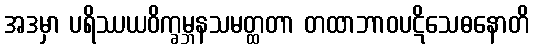
အဒမှာ ပရိဿယဝိက္ခမ္ဘနသမတ္ထတာ တထာဘာဝပဋိသေဓနောတိ